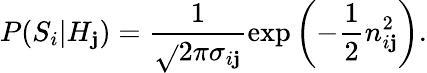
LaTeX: P(S_{i}|H_{\mathbf{j}})=\frac{{1}}{{\sqrt{}{{2\pi}}\sigma_{i\mathbf{j}}}}\exp\left(-\frac{{1}}{{2}}n_{i\mathbf{j}}^{2}\right).